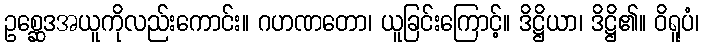
ဥစ္ဆေဒအယူကိုလည်းကောင်း။ ဂဟဏတော၊ ယူခြင်းကြောင့်။ ဒိဋ္ဌိယာ၊ ဒိဋ္ဌိ၏။ ဝိရူပံ၊